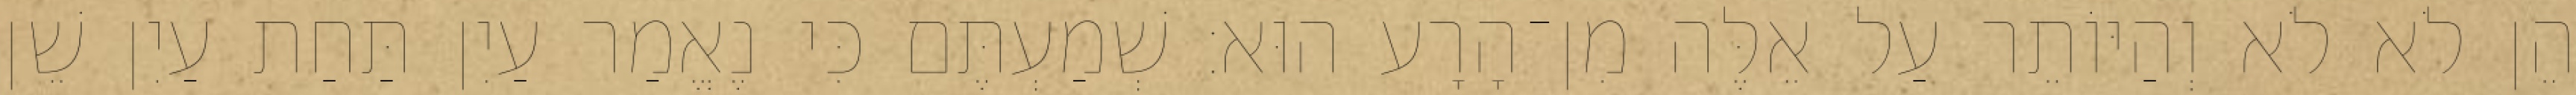
הֵן לֹא לֹא וְהַיּוֹתֵר עַל אֵלֶּה מִן־הָרָע הוּא׃ שְׁמַעְתֶּם כִּי נֶאֱמַר עַיִן תַּחַת עַיִן שֵׁן